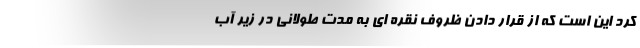
کرد این است که از قرار دادن ظروف نقره ای به مدت طولانی در زیر آب